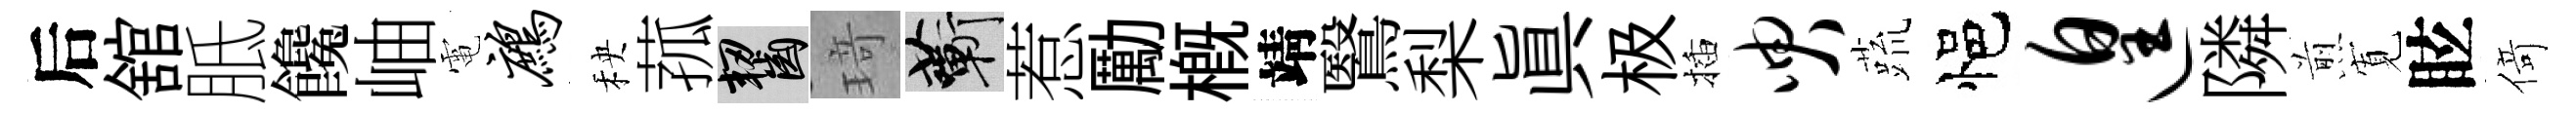
后舘胝饞岫電鹧秧菰齧𤦺蔪惹勵槪靖鷖梨真极插臾蔬悒遑隣煎𡩖眩𠋣